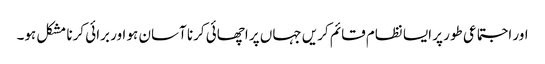
اور اجتماعی طور پر ایسا نظام قائم کریں جہاں پر اچھائی کرنا آسان ہو اور برائی کرنا مشکل ہو۔